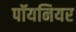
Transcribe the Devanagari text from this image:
पॉयनियर